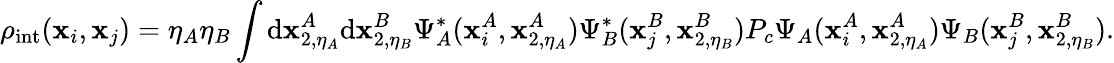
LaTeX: \rho_{\mathrm{int}}(\mathbf{x}_{i},\mathbf{x}_{j})=\eta_{A}\eta_{B}\int\mathrm{d}\mathbf{x}_{2,\eta_{A}}^{A}\mathrm{d}\mathbf{x}_{2,\eta_{B}}^{B}\Psi_{A}^{*}(\mathbf{x}_{i}^{A},\mathbf{x}_{2,\eta_{A}}^{A})\Psi_{B}^{*}(\mathbf{x}_{j}^{B},\mathbf{x}_{2,\eta_{B}}^{B})P_{c}\Psi_{A}(\mathbf{x}_{i}^{A},\mathbf{x}_{2,\eta_{A}}^{A})\Psi_{B}(\mathbf{x}_{j}^{B},\mathbf{x}_{2,\eta_{B}}^{B}).